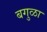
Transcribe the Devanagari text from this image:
बगुळा